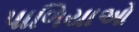
પાળિયાઓ